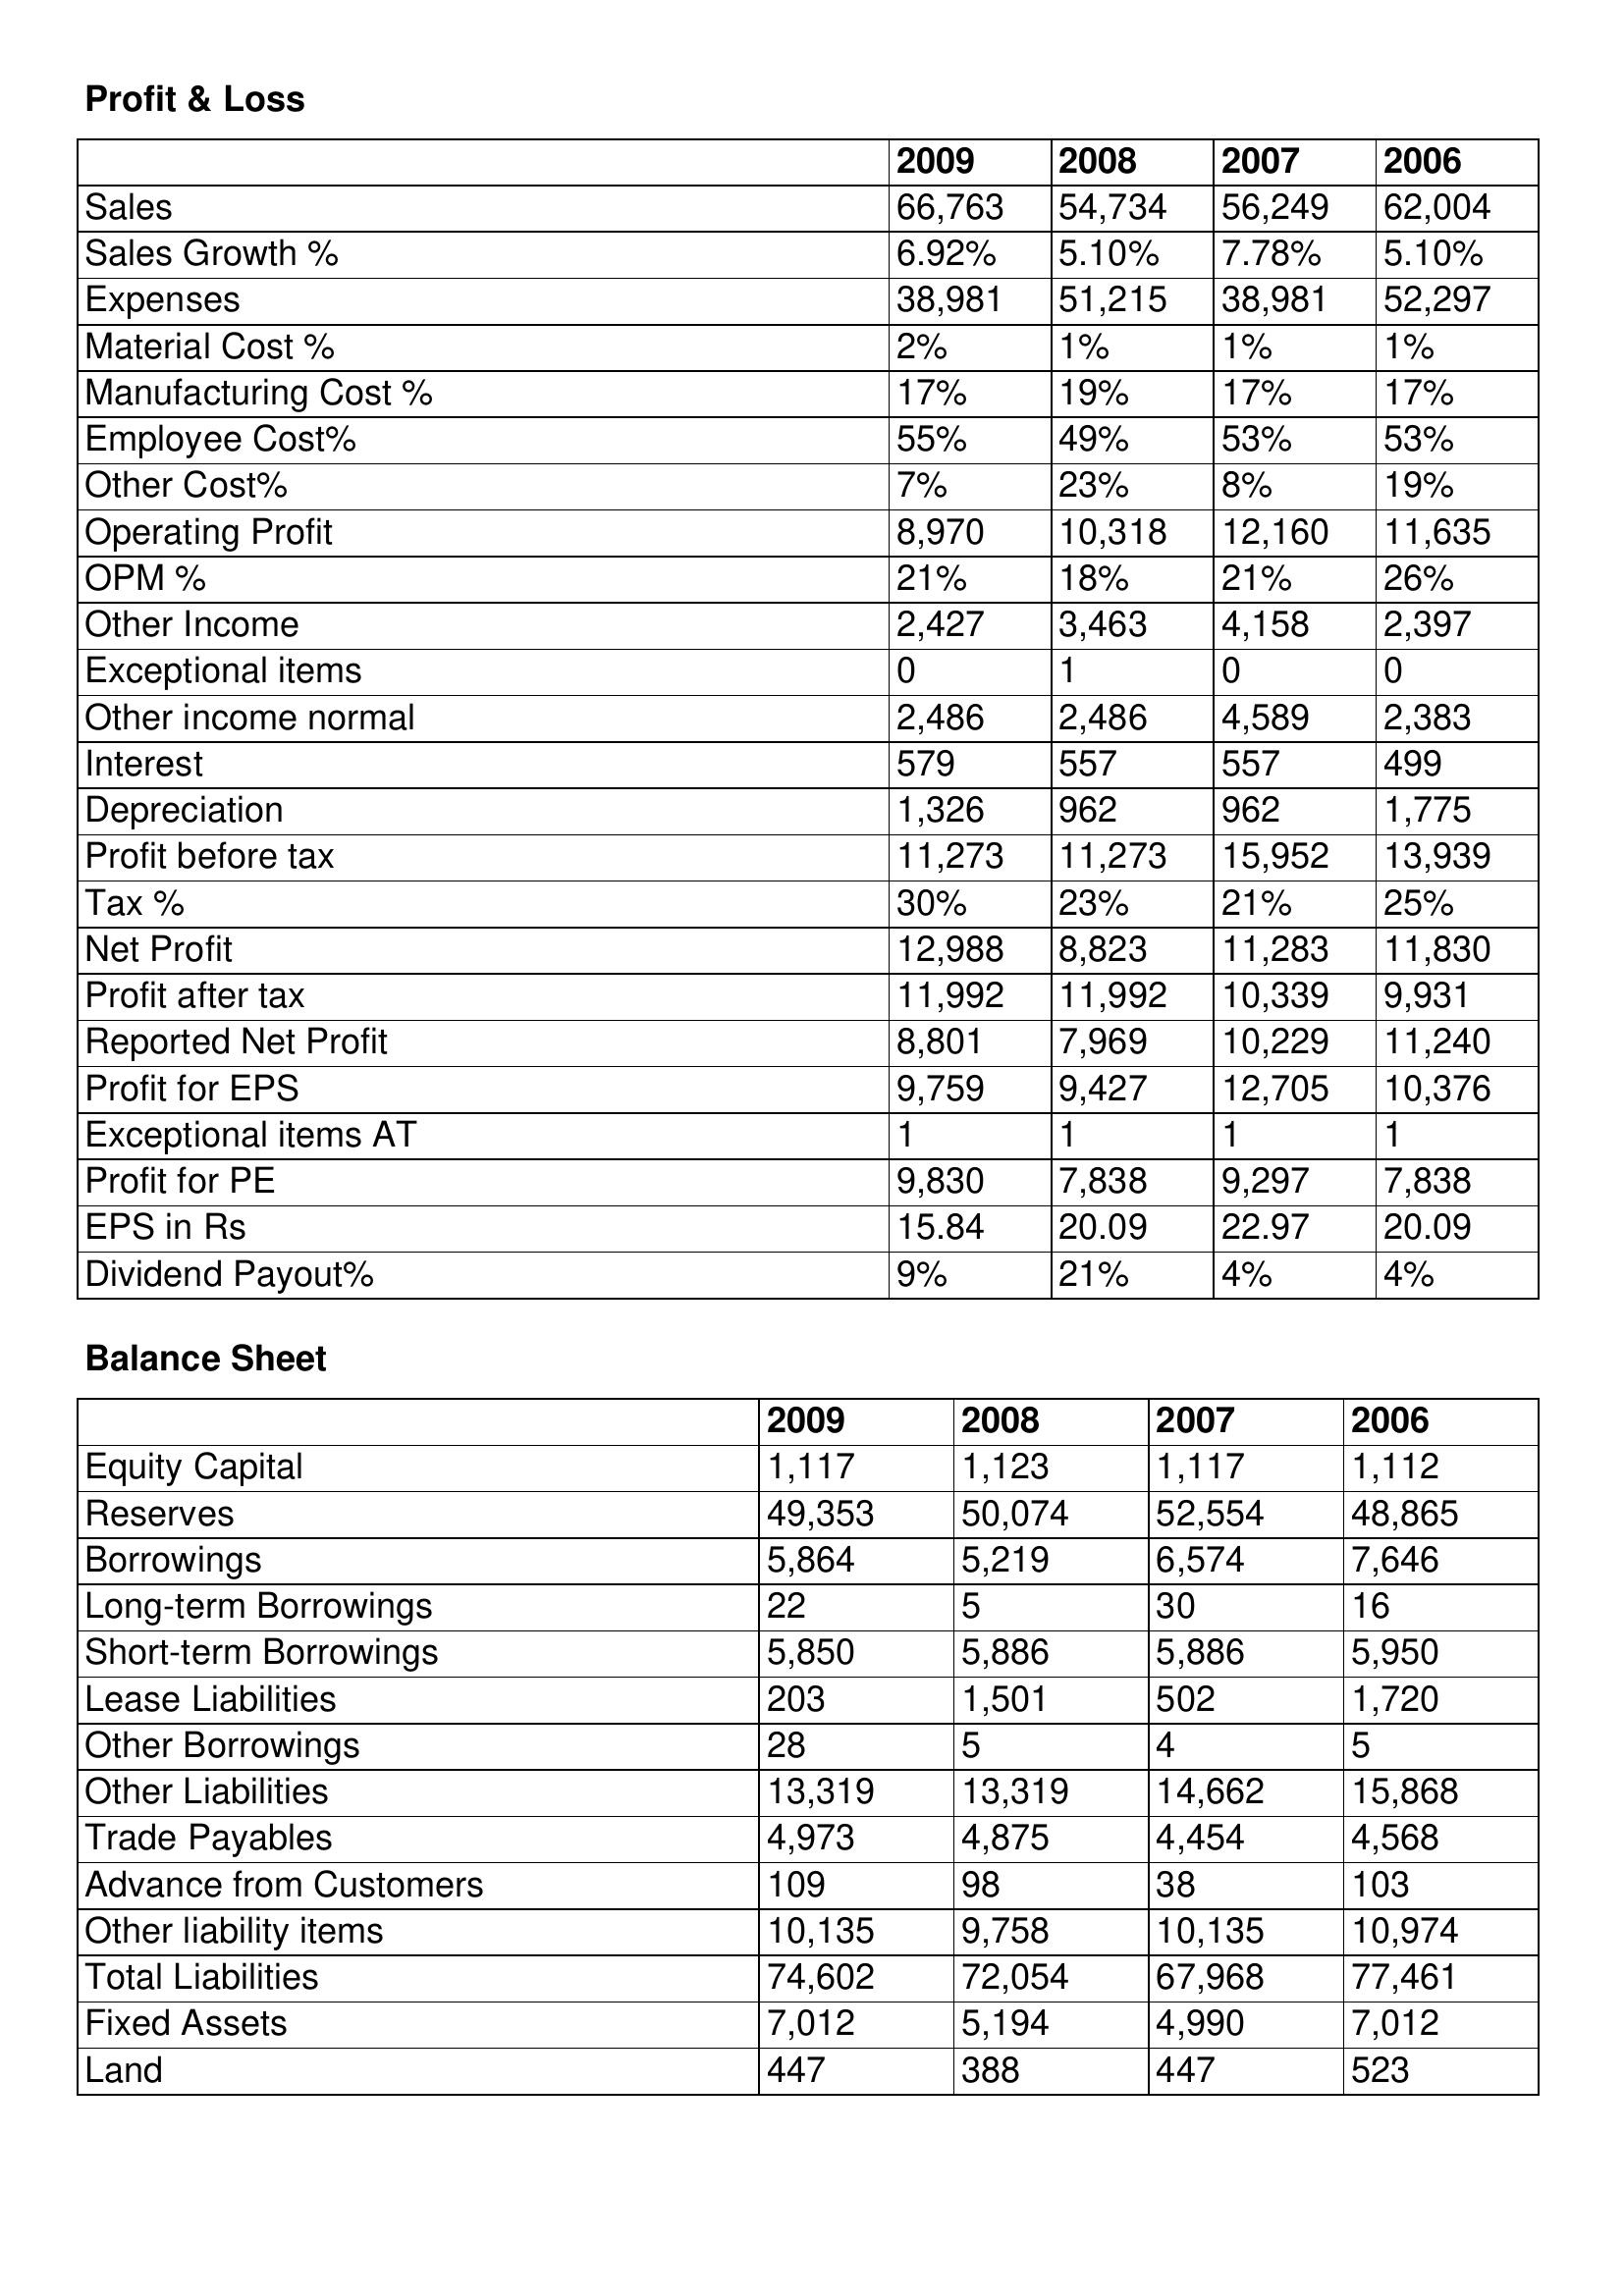
gt_parse: 2009: Profit & Loss: Sales: 66,763
Sales Growth %: 6.92%
Expenses: 38,981
Material Cost %: 2%
Manufacturing Cost %: 17%
Employee Cost%: 55%
Other Cost%: 7%
Operating Profit: 8,970
OPM %: 21%
Other Income: 2,427
Exceptional items: 0
Other income normal: 2,486
Interest: 579
Depreciation: 1,326
Profit before tax: 11,273
Tax %: 30%
Net Profit: 12,988
Profit after tax: 11,992
Reported Net Profit: 8,801
Profit for EPS: 9,759
Exceptional items AT: 1
Profit for PE: 9,830
EPS in Rs: 15.84
Dividend Payout%: 9%
Balance Sheet: Equity Capital: 1,117
Reserves: 49,353
Borrowings: 5,864
Long-term Borrowings: 22
Short-term Borrowings: 5,850
Lease Liabilities: 203
Other Borrowings: 28
Other Liabilities: 13,319
Trade Payables: 4,973
Advance from Customers: 109
Other liability items: 10,135
Total Liabilities: 74,602
Fixed Assets: 7,012
Land: 447
2008: Profit & Loss: Sales: 54,734
Sales Growth %: 5.10%
Expenses: 51,215
Material Cost %: 1%
Manufacturing Cost %: 19%
Employee Cost%: 49%
Other Cost%: 23%
Operating Profit: 10,318
OPM %: 18%
Other Income: 3,463
Exceptional items: 1
Other income normal: 2,486
Interest: 557
Depreciation: 962
Profit before tax: 11,273
Tax %: 23%
Net Profit: 8,823
Profit after tax: 11,992
Reported Net Profit: 7,969
Profit for EPS: 9,427
Exceptional items AT: 1
Profit for PE: 7,838
EPS in Rs: 20.09
Dividend Payout%: 21%
Balance Sheet: Equity Capital: 1,123
Reserves: 50,074
Borrowings: 5,219
Long-term Borrowings: 5
Short-term Borrowings: 5,886
Lease Liabilities: 1,501
Other Borrowings: 5
Other Liabilities: 13,319
Trade Payables: 4,875
Advance from Customers: 98
Other liability items: 9,758
Total Liabilities: 72,054
Fixed Assets: 5,194
Land: 388
2007: Profit & Loss: Sales: 56,249
Sales Growth %: 7.78%
Expenses: 38,981
Material Cost %: 1%
Manufacturing Cost %: 17%
Employee Cost%: 53%
Other Cost%: 8%
Operating Profit: 12,160
OPM %: 21%
Other Income: 4,158
Exceptional items: 0
Other income normal: 4,589
Interest: 557
Depreciation: 962
Profit before tax: 15,952
Tax %: 21%
Net Profit: 11,283
Profit after tax: 10,339
Reported Net Profit: 10,229
Profit for EPS: 12,705
Exceptional items AT: 1
Profit for PE: 9,297
EPS in Rs: 22.97
Dividend Payout%: 4%
Balance Sheet: Equity Capital: 1,117
Reserves: 52,554
Borrowings: 6,574
Long-term Borrowings: 30
Short-term Borrowings: 5,886
Lease Liabilities: 502
Other Borrowings: 4
Other Liabilities: 14,662
Trade Payables: 4,454
Advance from Customers: 38
Other liability items: 10,135
Total Liabilities: 67,968
Fixed Assets: 4,990
Land: 447
2006: Profit & Loss: Sales: 62,004
Sales Growth %: 5.10%
Expenses: 52,297
Material Cost %: 1%
Manufacturing Cost %: 17%
Employee Cost%: 53%
Other Cost%: 19%
Operating Profit: 11,635
OPM %: 26%
Other Income: 2,397
Exceptional items: 0
Other income normal: 2,383
Interest: 499
Depreciation: 1,775
Profit before tax: 13,939
Tax %: 25%
Net Profit: 11,830
Profit after tax: 9,931
Reported Net Profit: 11,240
Profit for EPS: 10,376
Exceptional items AT: 1
Profit for PE: 7,838
EPS in Rs: 20.09
Dividend Payout%: 4%
Balance Sheet: Equity Capital: 1,112
Reserves: 48,865
Borrowings: 7,646
Long-term Borrowings: 16
Short-term Borrowings: 5,950
Lease Liabilities: 1,720
Other Borrowings: 5
Other Liabilities: 15,868
Trade Payables: 4,568
Advance from Customers: 103
Other liability items: 10,974
Total Liabilities: 77,461
Fixed Assets: 7,012
Land: 523